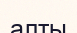
алты